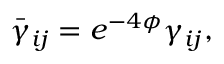
\bar { \gamma } _ { i j } = e ^ { - 4 \phi } \gamma _ { i j } ,